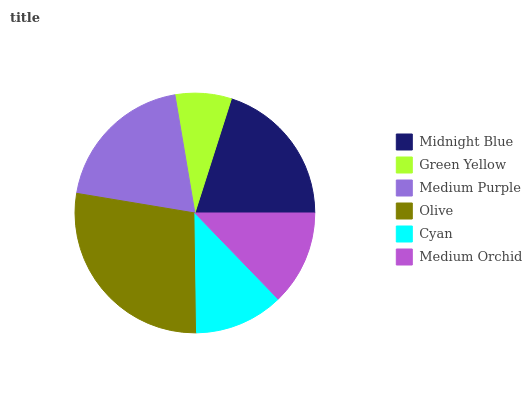
| Midnight Blue | Green Yellow | Medium Purple | Olive | Cyan | Medium Orchid |
 | --- | --- | --- | --- | --- | --- |
 | 20.1% | 7.58% | 19.7% | 27.9% | 12% | 12.8% |